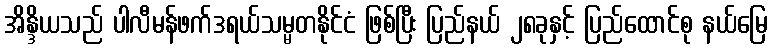
အိန္ဒိယသည် ပါလီမန်ဖက်ဒရယ်သမ္မတနိုင်ငံ ဖြစ်ပြီး ပြည်နယ် ၂၈ခုနှင့် ပြည်ထောင်စု နယ်မြေ